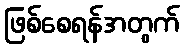
ဖြစ်စေရန်အတွက်